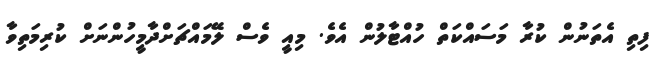
ފިތި އެތަނުން ކުރާ މަސައްކަތް ހުއްޓާލުން އެވެ. މިއީ ވެސް ލޭމައްޗަށްދާމީހުންނަށް ކުރިމަތިވާ